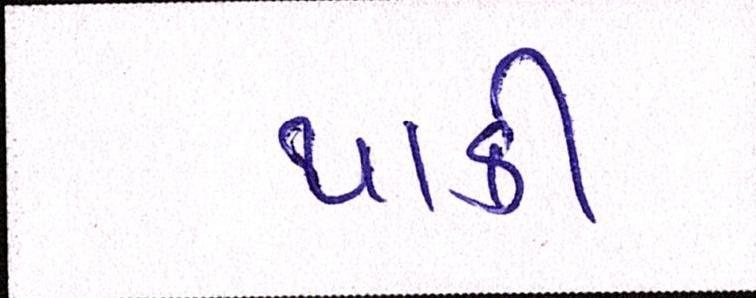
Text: થાકી